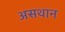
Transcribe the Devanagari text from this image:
असथान